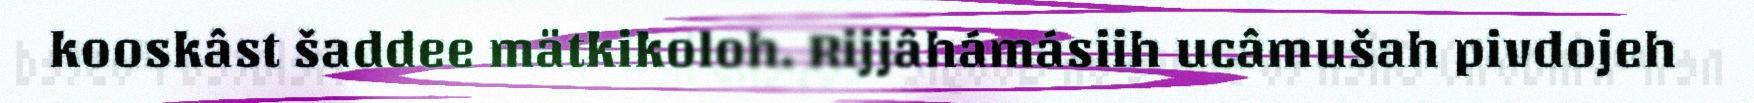
kooskâst šaddee mätkikoloh. Rijjâhámásiih ucâmušah pivdojeh